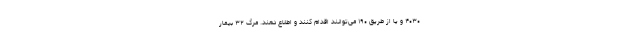
۴۰۳۰ و یا از طریق ۱۹۰ می‌توانند اقدام کنند و اطلاع دهند. مرگ ۳۲ بیمار